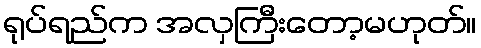
ရုပ်ရည်က အလှကြီးတော့မဟုတ်။